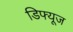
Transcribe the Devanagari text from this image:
डिफ्यूज